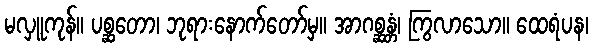
မလှူကုန်။ ပစ္ဆတော၊ ဘုရားနောက်တော်မှ။ အာဂစ္ဆန္တံ၊ ကြွလာသော။ ထေရံပန၊